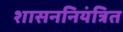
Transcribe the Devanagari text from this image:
शासननियंत्रित